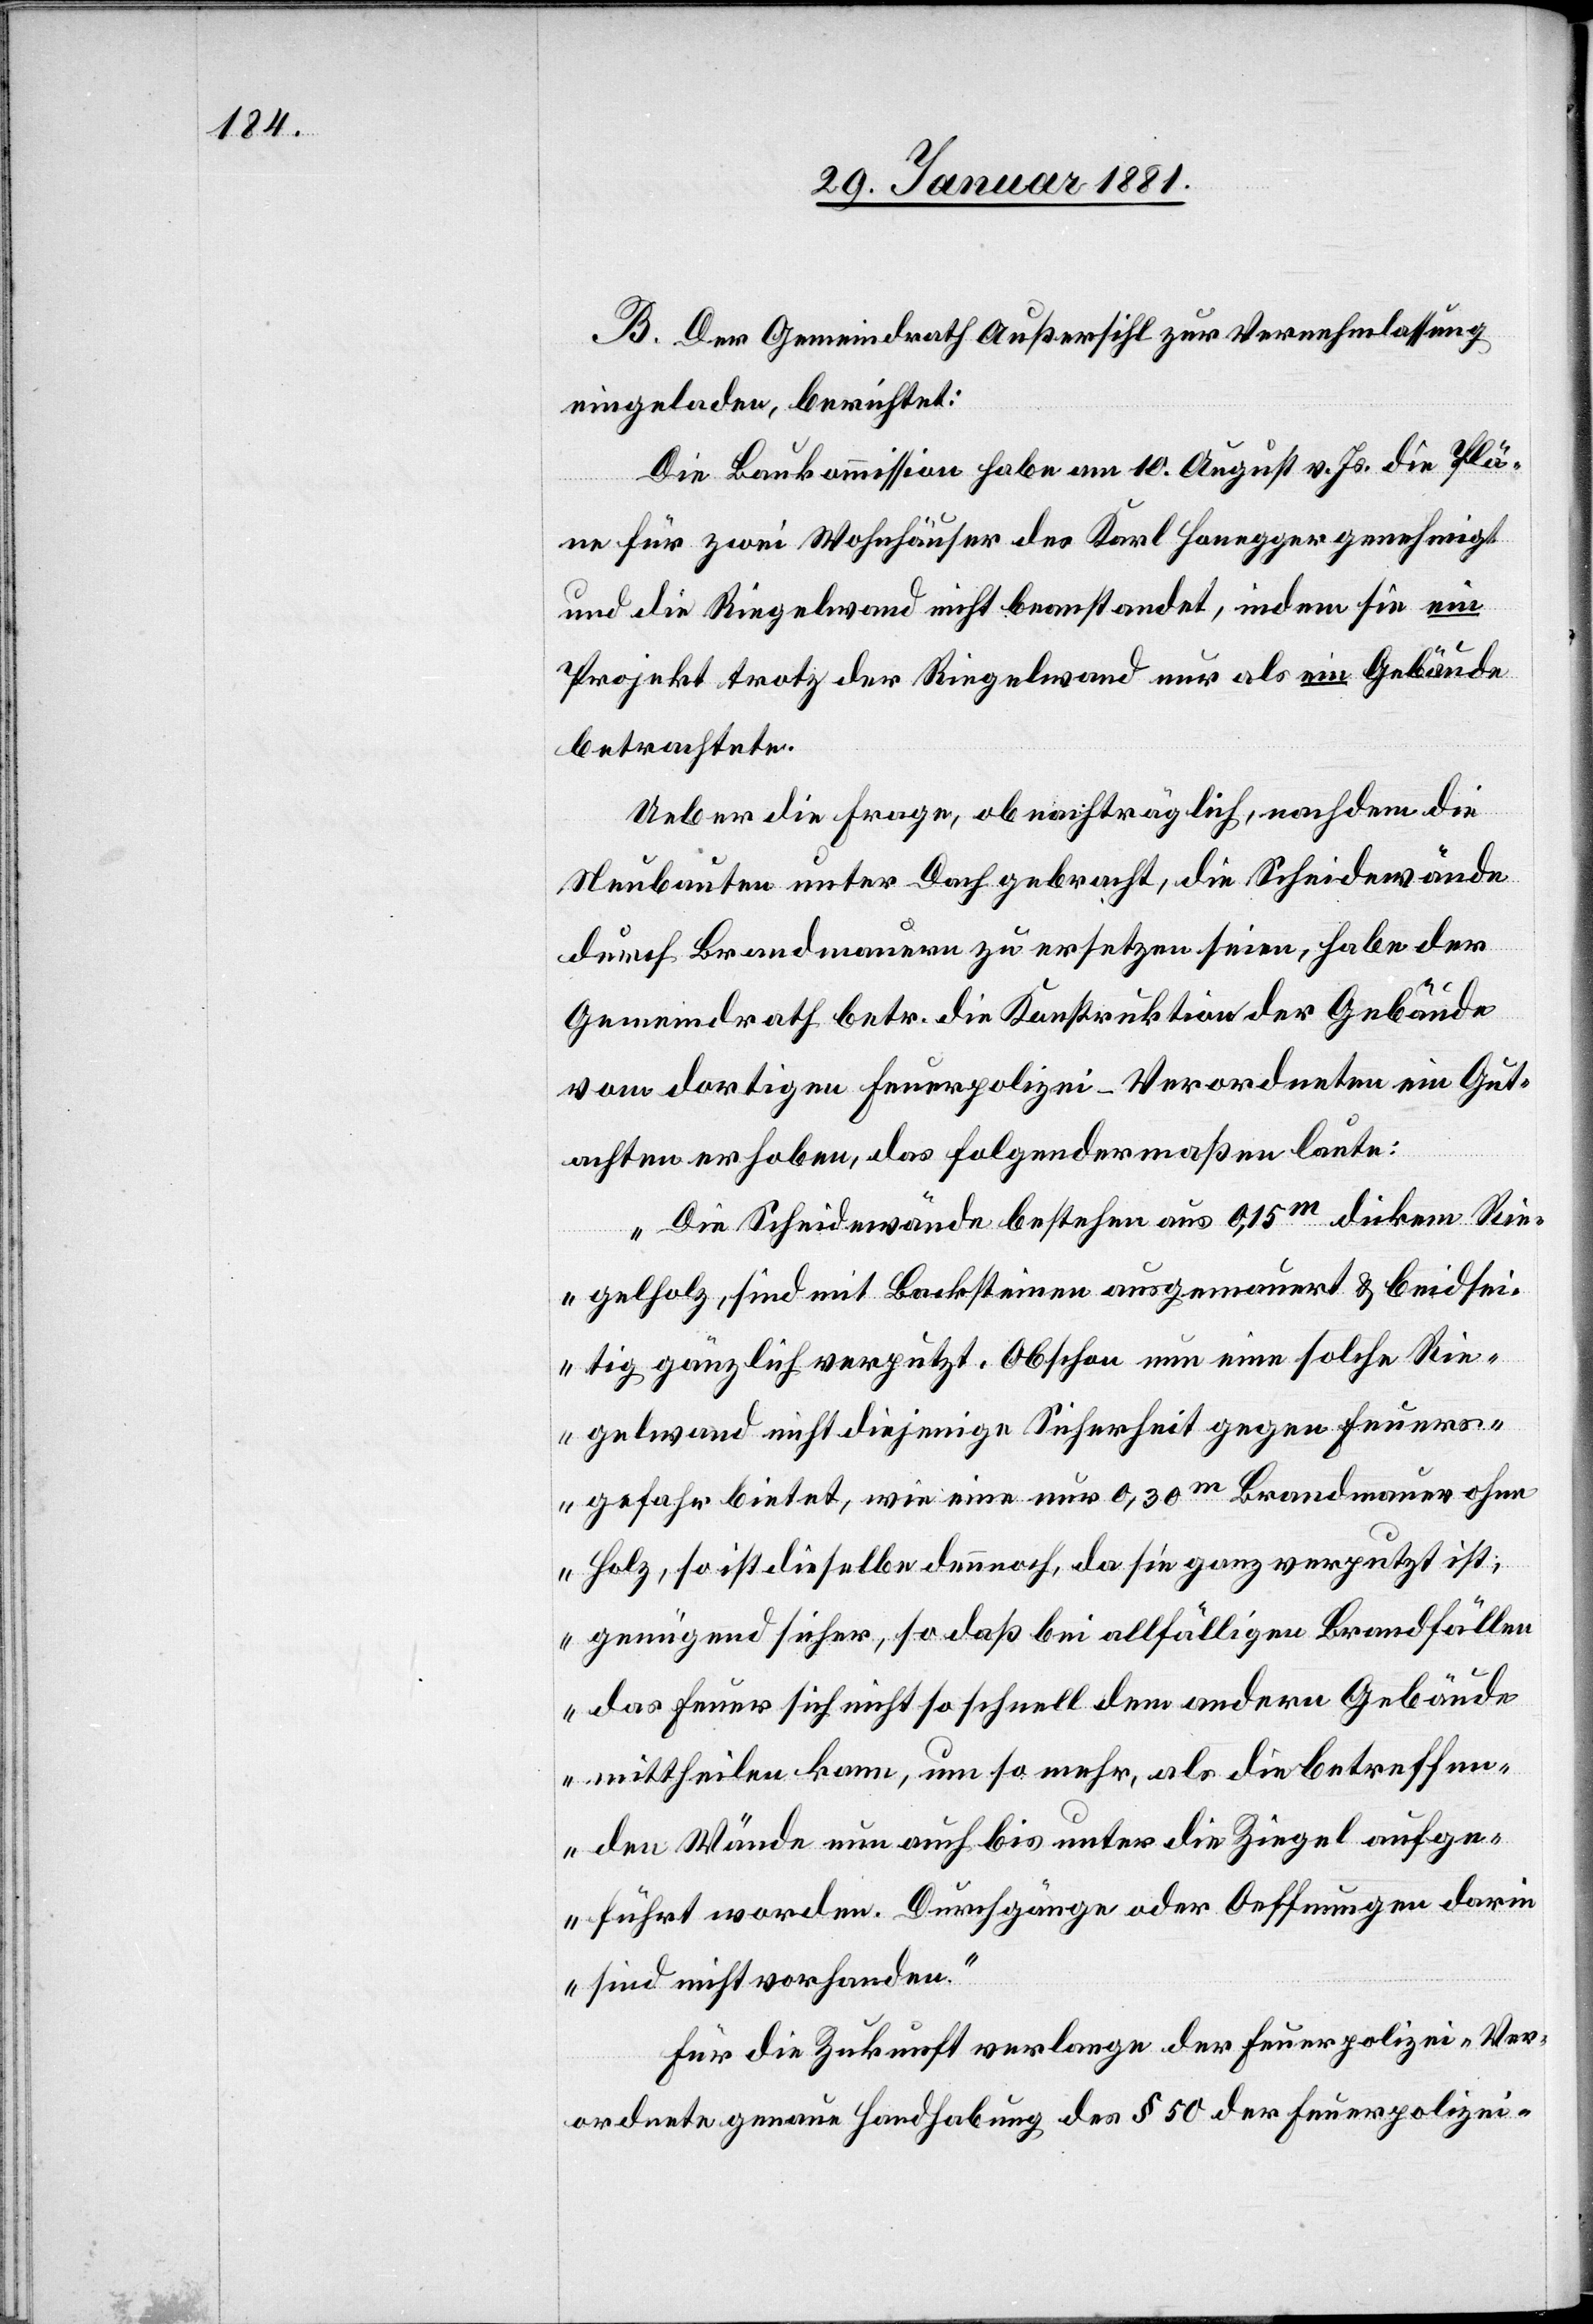
B. Der Gemeindrath Außersihl zur Vernehmlassung
eingeladen, berichtet:
Die Baukommission habe am 10. August v. Js. die Plä¬
ne für zwei Wohnhäuser des Karl Honegger genehmigt
und die Ringelwand nicht beanstandet, indem sie ein
Projekt trotz der Ringelwand nur als ein Gebäude
betrachtete.
Ueber die Frage, ob nachträglich, nachdem die
Neubauten unter Dach gebracht, die Scheidewände
durch Brandmauer zu ersetzen seien, habe der
Gemeindrath betr. die Konstruktion der Gebäude
vom dortigen Feuerpolizei-Verordneten ein Gut¬
achten erhoben, das folgendermaßen laute:
„Die Scheidewände bestehen aus 0,15m dickem Rin¬
gelholz, sind mit Backsteinen ausgemauert & beidsei¬
tig gänzlich verputzt. Obschon nun eine solche Rin¬
gelwand nicht diejenige Sicherheit gegen Feuers¬
gefahr bietet, wie eine nur 0,30m Brandmauer ohne
Holz, so ist dieselbe dennoch, da sie ganz verputzt ist,
genügen sicher, so daß bei allfälligen Brandfällen
das Feuer sich nicht so schnell dem andern Gebäude
mittheilen kann, um so mehr, als die betreffen¬
den Wände nun auch bis unter die Ziegel aufge¬
führt worden. Durchgänge oder Oeffnungen darin
sind nicht vorhanden.“
Für die Zukunft verlange der Feuerpolizei-Ver¬
ordnete genaue Handhabung des § 50 der Feuerpolizei-